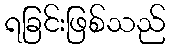
ရခြင်းဖြစ်သည်